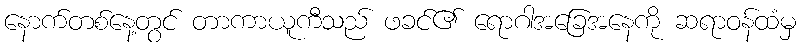
နောက်တစ်နေ့တွင် တာကာယူကီသည် ဖခင်၏ ရောဂါအခြေအနေကို ဆရာဝန်ထံမှ